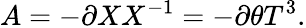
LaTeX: A=-\partial XX^{-1}=-\partial\theta T^{3}.